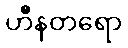
ဟီနတရော